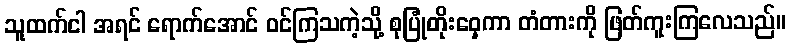
သူထက်ငါ အရင် ရောက်အောင် ဝင်ကြသကဲ့သို့ စုပြုံတိုးဝှေ့ကာ တံတားကို ဖြတ်ကူးကြလေသည်။